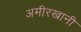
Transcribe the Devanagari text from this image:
अमीरखानी